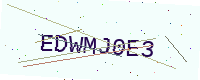
Text: EDWMJ0E3